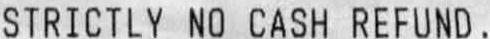
STRICTLY NO CASH REFUND.